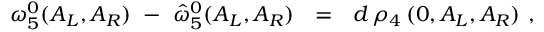
\omega _ { 5 } ^ { 0 } ( A _ { L } , A _ { R } ) \ - \ { \hat { \omega } } _ { 5 } ^ { 0 } ( A _ { L } , A _ { R } ) \ \ = \ \ d \, \rho _ { 4 } \, ( 0 , A _ { L } , A _ { R } ) \, \, ,